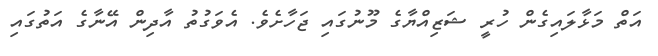
އަތް މަޅާލައިގެން ހުރީ ޝަޒިއްޔާގެ މޫނުގައި ޖަހާށެވެ. އެވަގުތު އާދިން އޭނާގެ އަތުގައި